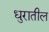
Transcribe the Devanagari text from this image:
धुरातील